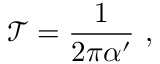
\mathcal { T } = \frac { 1 } { 2 \pi \alpha ^ { \prime } } \ ,